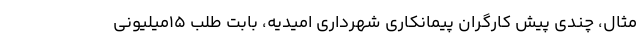
مثال، چندی پیش کارگران پیمانکاری شهرداری امیدیه، بابت طلبِ ۱۵میلیونی